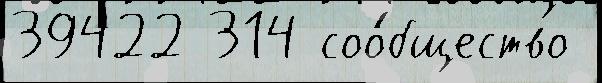
39422 314 соо́бщество